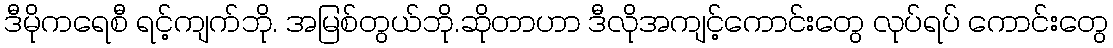
ဒီမိုကရေစီ ရင့်ကျက်ဘို. အမြစ်တွယ်ဘို.ဆိုတာဟာ ဒီလိုအကျင့်ကောင်းတွေ လုပ်ရပ် ကောင်းတွေ